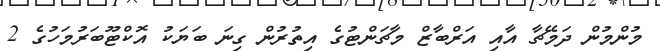
މުންމުން ދަމޭޗާ އާއި އަރްބާޒް މާޗަންޓުގެ އިތުރުން ގިނަ ބަޔަކު އޮކްޓޫބަރުމަހުގެ 2